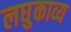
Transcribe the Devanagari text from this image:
लघुकाव्य